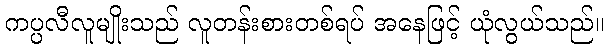
ကပ္ပလီလူမျိုးသည် လူတန်းစားတစ်ရပ် အနေဖြင့် ယုံလွယ်သည်။